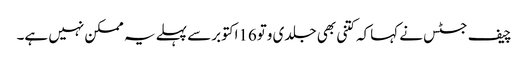
چیف جسٹس نے کہاکہ کتنی بھی جلدی وتو16اکتوبرسے پہلے یہ ممکن نہیں ہے۔